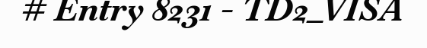
# Entry 8231 - TD2_VISA